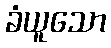
ခံယူသော